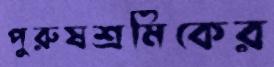
পুরুষশ্রমিকের